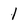
Character: l